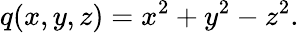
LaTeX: q(x,y,z)=x^{2}+y^{2}-z^{2}.